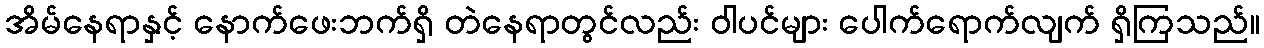
အိမ်နေရာနှင့် နောက်ဖေးဘက်ရှိ တဲနေရာတွင်လည်း ဝါပင်များ ပေါက်ရောက်လျက် ရှိကြသည်။